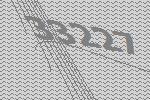
33227